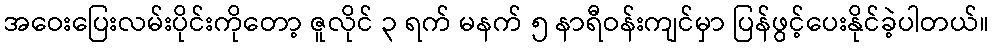
အဝေးပြေးလမ်းပိုင်းကိုတော့ ဇူလိုင် ၃ ရက် မနက် ၅ နာရီဝန်းကျင်မှာ ပြန်ဖွင့်ပေးနိုင်ခဲ့ပါတယ်။